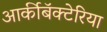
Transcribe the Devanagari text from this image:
आर्कीबॅक्टेरिया